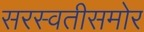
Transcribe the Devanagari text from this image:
सरस्वतीसमोर